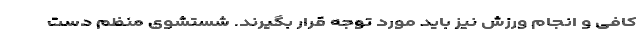
کافی و انجام ورزش نیز باید مورد توجه قرار بگیرند. شستشوی منظم دست